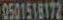
0501518172